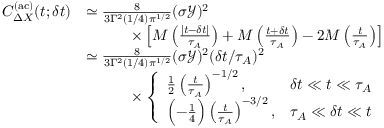
\begin{array} { r l } { C _ { \Delta X } ^ { \mathrm { ( a c ) } } ( t ; \delta t ) } & { \simeq \frac { 8 } { 3 \Gamma ^ { 2 } ( 1 / 4 ) { \pi } ^ { 1 / 2 } } ( \sigma \mathcal { Y } ) ^ { 2 } } \\ & { \qquad \quad \times \left[ M \left( \frac { | t - \delta t | } { \tau _ { A } } \right) + M \left( \frac { t + \delta t } { \tau _ { A } } \right) - 2 M \left( \frac { t } { \tau _ { A } } \right) \right] } \\ & { \simeq \frac { 8 } { 3 \Gamma ^ { 2 } ( 1 / 4 ) { \pi } ^ { 1 / 2 } } ( \sigma \mathcal { Y } ) ^ { 2 } ( \delta t / \tau _ { A } ) ^ { 2 } } \\ & { \qquad \quad \times \left\{ \begin{array} { l r } { \frac { 1 } { 2 } \left( \frac { t } { \tau _ { A } } \right) ^ { - 1 / 2 } , } & { \delta t \ll t \ll \tau _ { A } } \\ { \Bigl ( - \frac { 1 } { 4 } \Bigr ) \left( \frac { t } { \tau _ { A } } \right) ^ { - 3 / 2 } , } & { \tau _ { A } \ll \delta t \ll t } \end{array} \right. } \end{array}